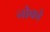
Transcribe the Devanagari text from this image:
नोको